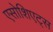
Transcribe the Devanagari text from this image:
एसोशिएट्स